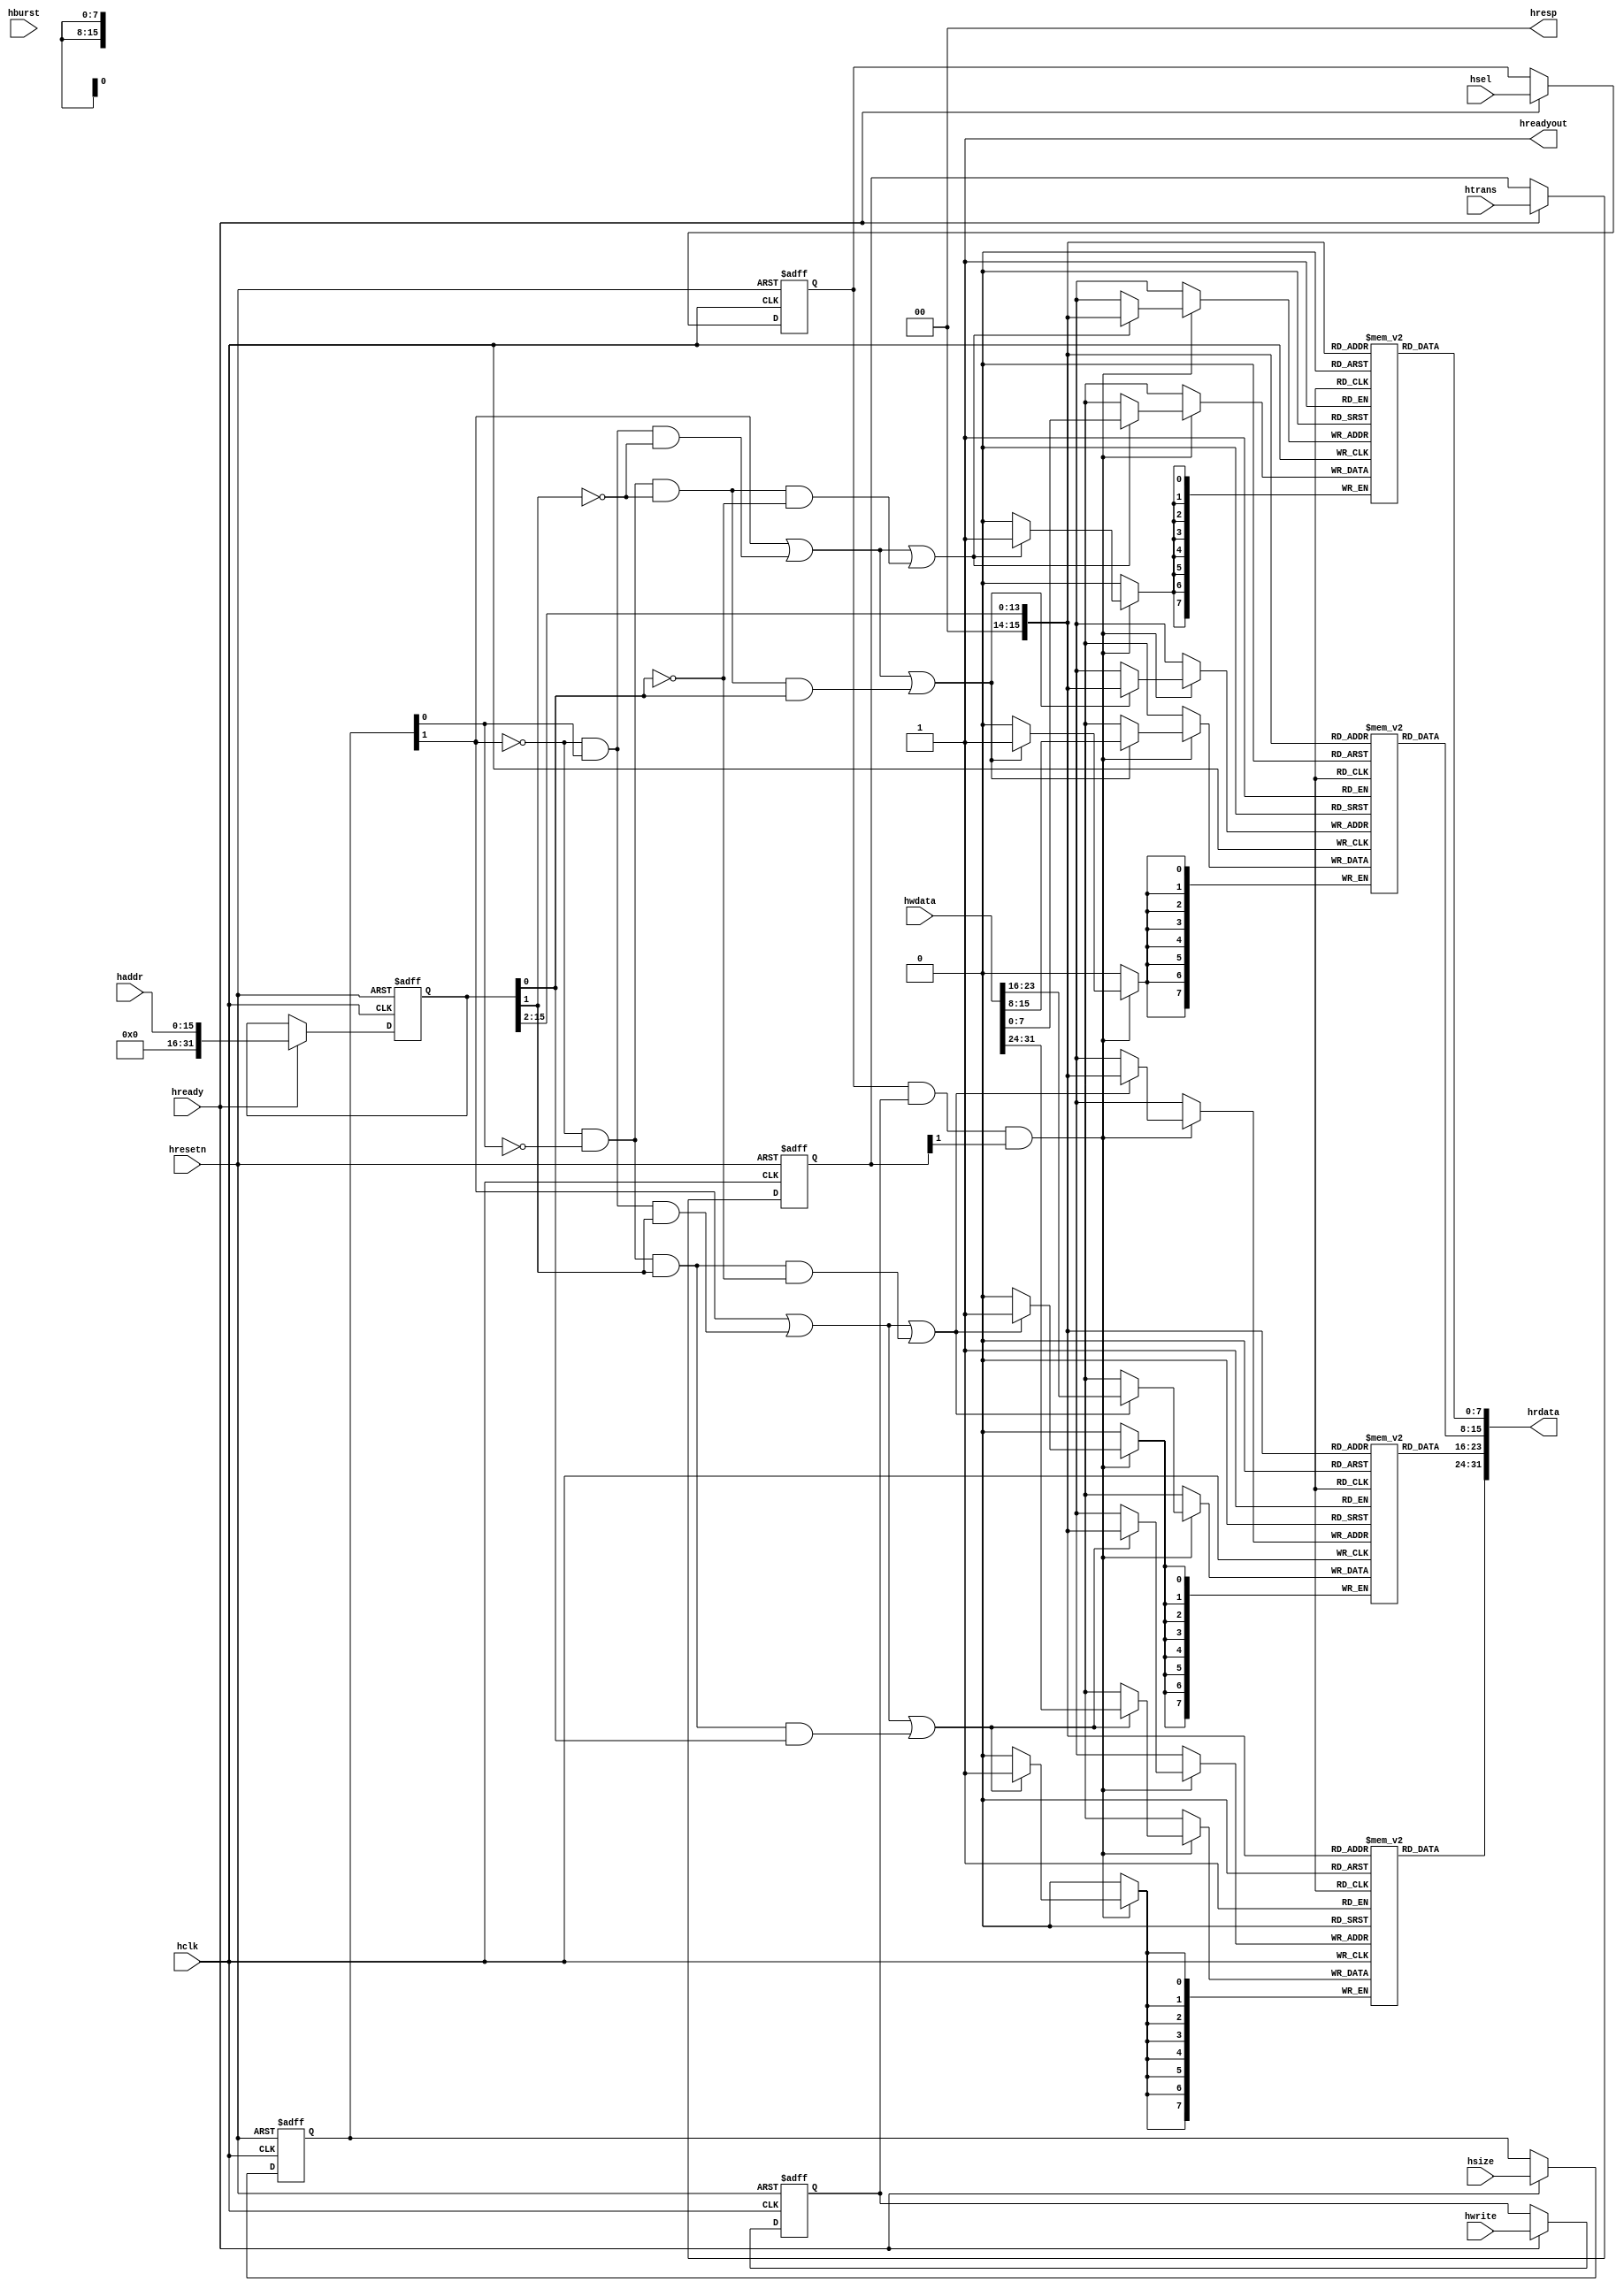
module ahb_sram
#(
    parameter ADDR_WIDTH = 16
)(
    input   wire                    hclk        ,
    input   wire                    hresetn     ,
    input   wire                    hsel        ,
    input   wire                    hready      ,
    input   wire[           1:0]    htrans      ,
    input   wire[           2:0]    hsize       ,
    input   wire[ADDR_WIDTH-1:0]    haddr       ,
    input   wire[           2:0]    hburst      ,
    input   wire                    hwrite      ,
    input   wire[          31:0]    hwdata      ,
    output  wire                    hreadyout   ,
    output  wire[          31:0]    hrdata      ,
    output  wire[           1:0]    hresp       
);
    
    
    localparam DEPTH = 1 << (ADDR_WIDTH-2) ;
    
    reg [7:0] mem0 [0:49151] ;
    reg [7:0] mem1 [0:49151] ;
    reg [7:0] mem2 [0:49151] ;
    reg [7:0] mem3 [0:49151] ;
    
    reg         aphase_hsel     ;
    reg         aphase_hwrite   ;
    reg [ 1:0]  aphase_htrans   ;
    reg [31:0]  aphase_haddr    ;
    reg [ 2:0]  aphase_hsize    ;

    always @(posedge hclk or negedge hresetn)
        if(!hresetn)begin
            aphase_hsel   <= 1'b0  ;
            aphase_hwrite <= 1'b0  ;
            aphase_htrans <= 2'b00 ;
            aphase_haddr  <= 32'h0 ;
            aphase_hsize  <= 3'h0  ;
	    end
        else if(hready)begin
            aphase_hsel   <= hsel  ;
            aphase_hwrite <= hwrite;
            aphase_htrans <= htrans;
            aphase_haddr  <= haddr ;
            aphase_hsize  <= hsize ;
        end

    // Decode the bytes lanes depending on HSIZE & HADDR[1:0]
    wire tx_byte = ~aphase_hsize[1] & ~aphase_hsize[0];
    wire tx_half = ~aphase_hsize[1] &  aphase_hsize[0];
    wire tx_word =  aphase_hsize[1];
  
    wire byte_at_00 = tx_byte & ~aphase_haddr[1] & ~aphase_haddr[0];
    wire byte_at_01 = tx_byte & ~aphase_haddr[1] &  aphase_haddr[0];
    wire byte_at_10 = tx_byte &  aphase_haddr[1] & ~aphase_haddr[0];
    wire byte_at_11 = tx_byte &  aphase_haddr[1] &  aphase_haddr[0];
  
    wire half_at_00 = tx_half & ~aphase_haddr[1];
    wire half_at_10 = tx_half &  aphase_haddr[1];
  
    wire word_at_00 = tx_word;
  
    wire byte0 = word_at_00 | half_at_00 | byte_at_00;
    wire byte1 = word_at_00 | half_at_00 | byte_at_01;
    wire byte2 = word_at_00 | half_at_10 | byte_at_10;
    wire byte3 = word_at_00 | half_at_10 | byte_at_11;

    always @(posedge hclk)begin
        if(aphase_hsel & aphase_hwrite & aphase_htrans[1])begin
            if(byte0)
                mem0[{aphase_haddr[ADDR_WIDTH-1:2]}] <= hwdata[7:0];
            if(byte1)
                mem1[{aphase_haddr[ADDR_WIDTH-1:2]}] <= hwdata[15:8];
            if(byte2)
                mem2[{aphase_haddr[ADDR_WIDTH-1:2]}] <= hwdata[23:16];
            if(byte3)
                mem3[{aphase_haddr[ADDR_WIDTH-1:2]}] <= hwdata[31:24];
	    end
    end
    
    assign hrdata[ 7: 0] = mem0[{aphase_haddr[ADDR_WIDTH-1:2]}];
    assign hrdata[15: 8] = mem1[{aphase_haddr[ADDR_WIDTH-1:2]}];
    assign hrdata[23:16] = mem2[{aphase_haddr[ADDR_WIDTH-1:2]}];
    assign hrdata[31:24] = mem3[{aphase_haddr[ADDR_WIDTH-1:2]}];
    assign hreadyout = 1'b1; // Always ready (no waitstate)
    assign hresp     = 2'b00; // Always response with OKAY
    
    
    

endmodule